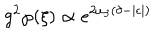
g ^ { 2 } \wp ( \xi ) \propto e ^ { 2 \omega _ { 3 } ( \delta - | \epsilon | ) }